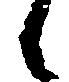
候